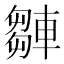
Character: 𨎆